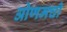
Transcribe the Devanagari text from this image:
ओणमची